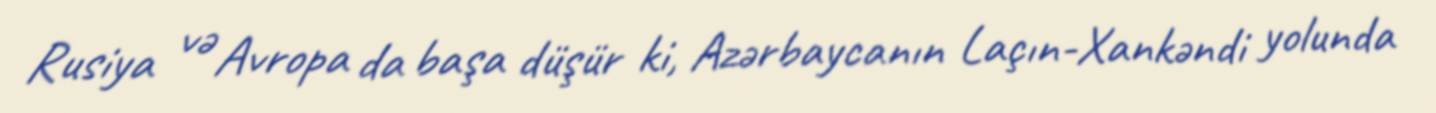
Rusiya və Avropa da başa düşür ki, Azərbaycanın Laçın-Xankəndi yolunda